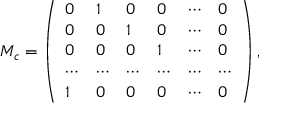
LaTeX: { M _ { c } = \left( \begin{array} { l l l l l l } { { 0 } } & { { 1 } } & { { 0 } } & { { 0 } } & { { \cdots } } & { { 0 } } \\ { { 0 } } & { { 0 } } & { { 1 } } & { { 0 } } & { { \cdots } } & { { 0 } } \\ { { 0 } } & { { 0 } } & { { 0 } } & { { 1 } } & { { \cdots } } & { { 0 } } \\ { { \cdots } } & { { \cdots } } & { { \cdots } } & { { \cdots } } & { { \cdots } } & { { \cdots } } \\ { { 1 } } & { { 0 } } & { { 0 } } & { { 0 } } & { { \cdots } } & { { 0 } } \end{array} \right) , }